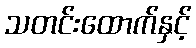
သတင်းထောက်နှင့်